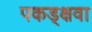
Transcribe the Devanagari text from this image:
पकड्क्षवा